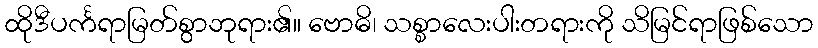
ထိုဒီပင်္ကရာမြတ်စွာဘုရား၏။ ဗောဓိ၊ သစ္စာလေးပါးတရားကို သိမြင်ရာဖြစ်သော